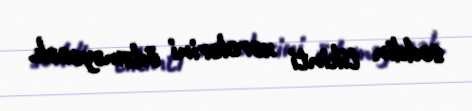
səddin tikinti xərclərini ödəməyəcək.